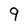
Character: 9